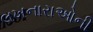
લખનારાઓની